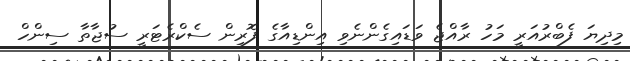
މިދިޔަ ފެބްރުއަރީ މަހު ރާއްޖެ ވަޑައިގެންނެވި އިންޑިއާގެ ފޮރިން ސެކްރެޓަރީ ސުޖާތާ ސިންހް